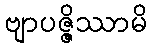
ဗျာပဇ္ဇိဿာမိ